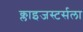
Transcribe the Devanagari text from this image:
क्लाइजस्टर्सला